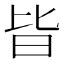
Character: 𣅜